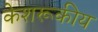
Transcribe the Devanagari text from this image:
केशरूकीय